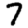
Digit: 7